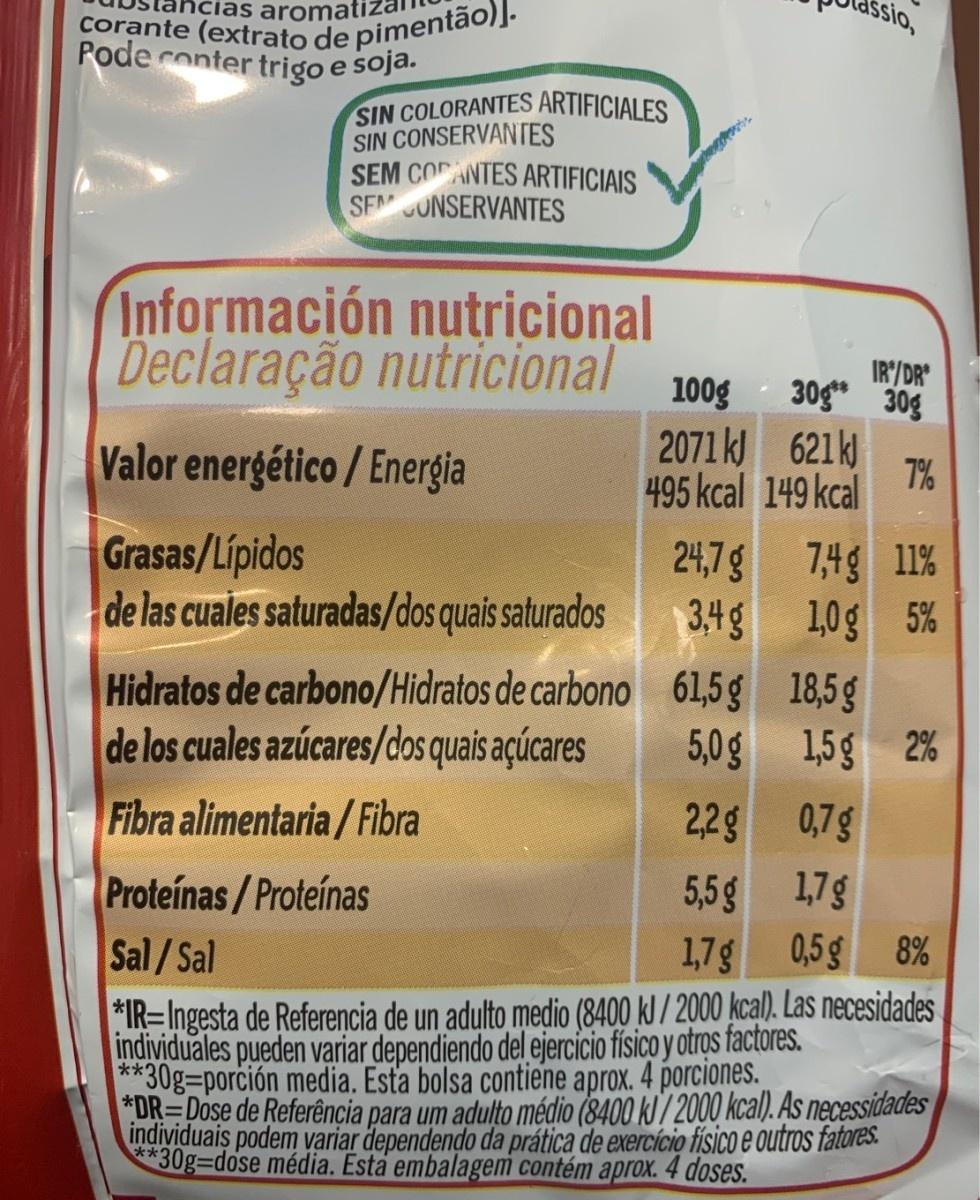
corante (extrato de pimentão)]. Pode conter trigo e soja. las aromai ssio, SIN COLORANTES ARTIFICIALES SIN CONSERVANTES SEM COANTES ARTIFICIAIS SF UNSERVANTES Información nutricional Declaração nutricional 100g IR/DR 30g* 30g Valor energético /Energia 2071 k 621k 7% 495 kcal 149 kcal Grasas/Lipidos de las cuales saturadas/dos quais saturados 24,7g 7,4g 11% 3,4g 1,0g 5% Hidratos de carbono/Hidratos de carbono 61,5 g 18,5g de los cuales azúcares/dos quais açúcares 5,0g 1,5g 2% Filbra alimentaria/Fibra 22g 0,7g Proteínas/Proteínas Sal/Sal 5,5g 17g 1,7g 0,5g 8% IR=Ingesta de Referencia de un adulto medio (8400 kJ / 2000 kcal). Las necesidades individuales pueden variar dependiendo del ejercicio físico y otros factores. *30g=porción media. Esta bolsa contiene aprox. 4 porciones. DR=Dose de Referência para um adulto médio (8400 kJ/ 2000 kcal). As necessidades individuais podem variar dependendo da prática de exercício físico e outros fatores. *30g=dose média. Esta embalagem contém aprox. 4 doses. ***